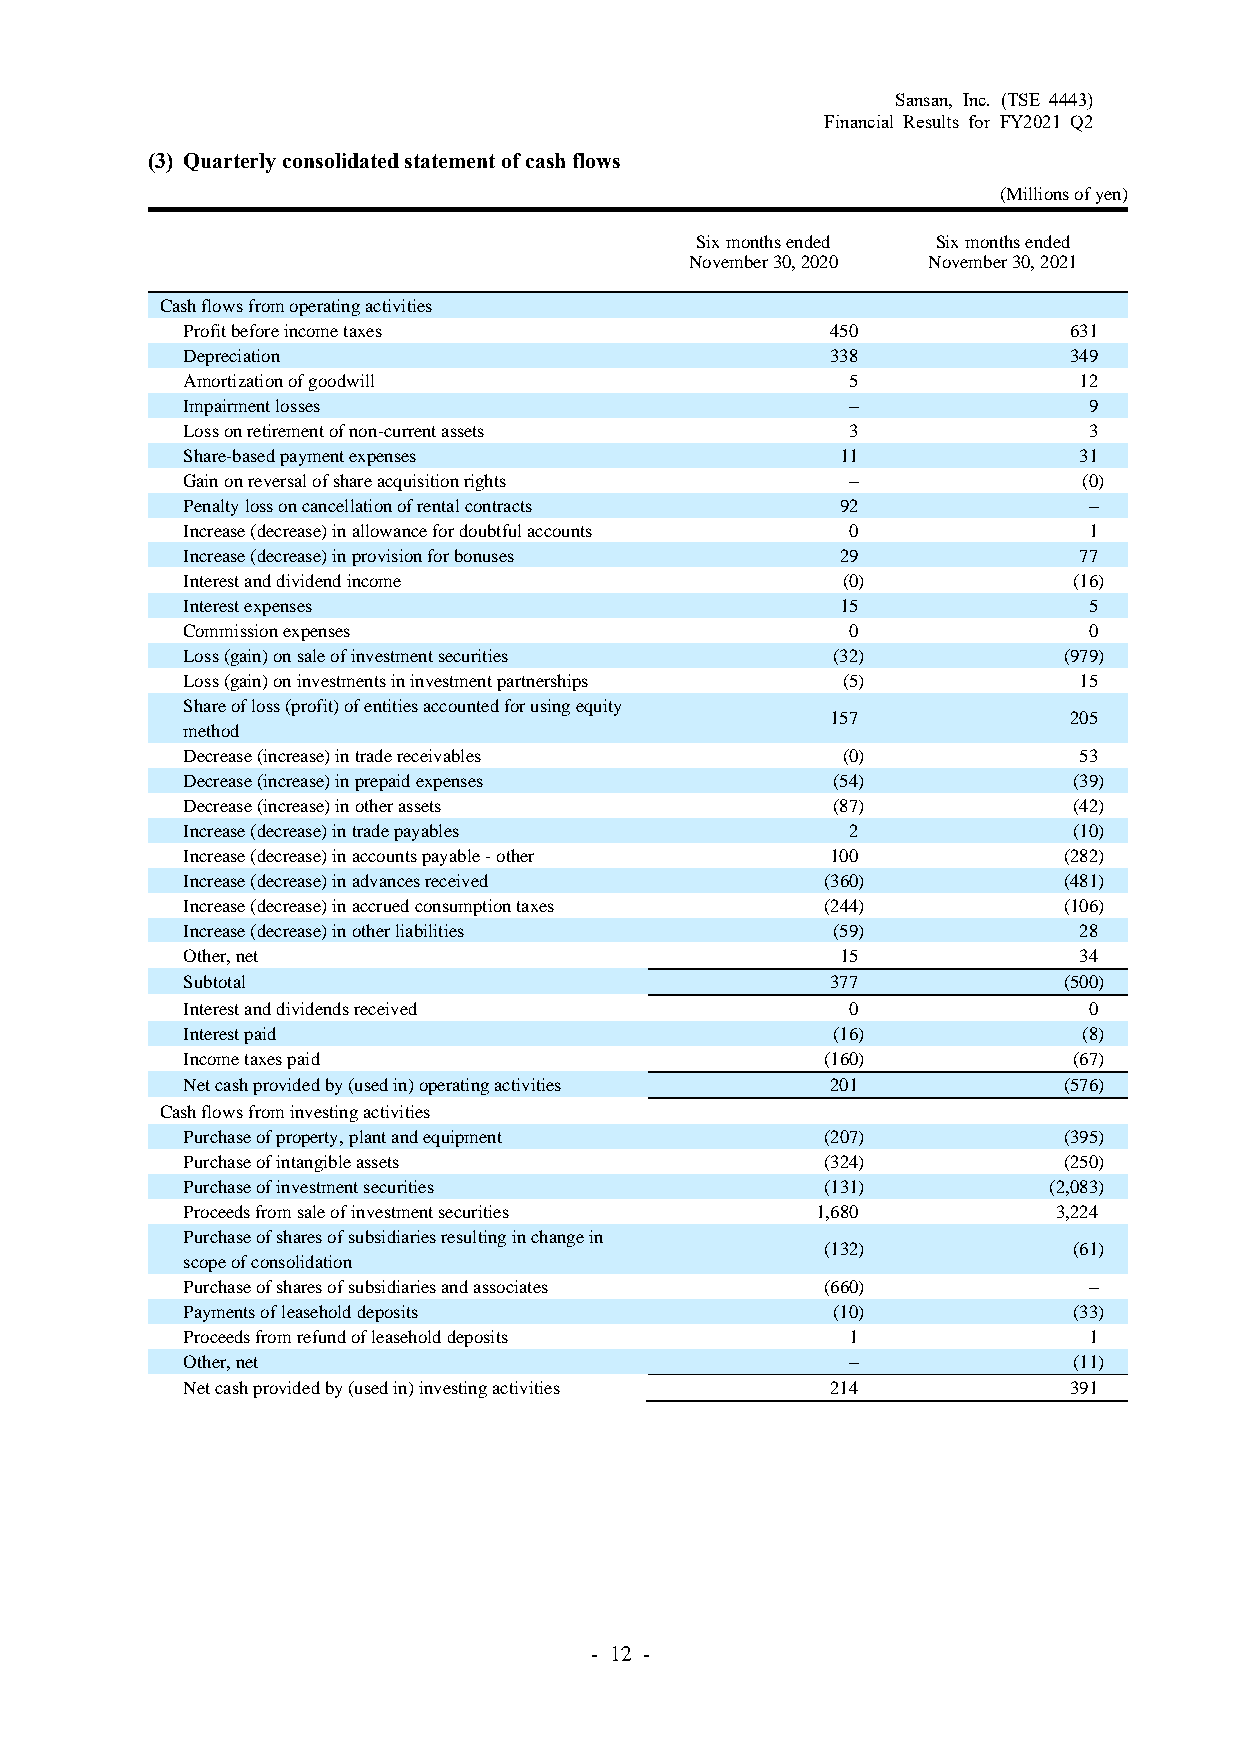
Sansan, Inc. (TSE 4443)
 Financial Results for FY2021 Q2
 (3) Quarterly consolidated statement of cash flows
 (Millions of yen)
 Six months ended Six months ended
 November 30, 2020 November 30, 2021
 Cash flows from operating activities
 Profit before income taxes                 450             631
 Depreciation                               338             349
 Amortization of goodwill                    5              12
 Impairment losses                           –               9
 Loss on retirement of non-current assets    3               3
 Share-based payment expenses                11             31
 Gain on reversal of share acquisition rights –              (0)
 Penalty loss on cancellation of rental contracts 92         –
 Increase (decrease) in allowance for doubtful accounts 0    1
 Increase (decrease) in provision for bonuses 29            77
 Interest and dividend income                (0)            (16)
 Interest expenses                           15              5
 Commission expenses                         0               0
 Loss (gain) on sale of investment securities (32)         (979)
 Loss (gain) on investments in investment partnerships (5)  15
 Share of loss (profit) of entities accounted for using equity
 157             205
 method
 Decrease (increase) in trade receivables    (0)            53
 Decrease (increase) in prepaid expenses    (54)            (39)
 Decrease (increase) in other assets        (87)            (42)
 Increase (decrease) in trade payables       2              (10)
 Increase (decrease) in accounts payable - other 100       (282)
 Increase (decrease) in advances received   (360)          (481)
 Increase (decrease) in accrued consumption taxes (244)    (106)
 Increase (decrease) in other liabilities   (59)            28
 Other, net                                  15             34
 Subtotal                                   377            (500)
 Interest and dividends received             0               0
 Interest paid                              (16)             (8)
 Income taxes paid                          (160)           (67)
 Net cash provided by (used in) operating activities 201   (576)
 Cash flows from investing activities
 Purchase of property, plant and equipment  (207)          (395)
 Purchase of intangible assets              (324)          (250)
 Purchase of investment securities          (131)         (2,083)
 Proceeds from sale of investment securities 1,680         3,224
 Purchase of shares of subsidiaries resulting in change in
 (132)           (61)
 scope of consolidation
 Purchase of shares of subsidiaries and associates (660)     –
 Payments of leasehold deposits             (10)            (33)
 Proceeds from refund of leasehold deposits  1               1
 Other, net                                  –              (11)
 Net cash provided by (used in) investing activities 214    391
 - 12 -